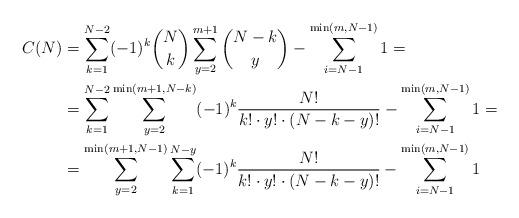
LaTeX: \begin{align*}C(N)&=\sum_{k=1}^{N-2}(-1)^k\binom{N}{k}\sum_{y=2}^{m+1}\binom{N-k}{y}-\sum_{i=N-1}^{\min(m,N-1)}1=\\&=\sum_{k=1}^{N-2}\sum_{y=2}^{\min(m+1,N-k)}(-1)^k\frac{N!}{k!\cdot y!\cdot (N-k-y)!}-\sum_{i=N-1}^{\min(m,N-1)}1=\\&=\sum_{y=2}^{\min(m+1,N-1)}\sum_{k=1}^{N-y}(-1)^k\frac{N!}{k!\cdot y!\cdot (N-k-y)!}-\sum_{i=N-1}^{\min(m,N-1)}1\end{align*}